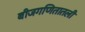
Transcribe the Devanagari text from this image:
बीजगणितातली